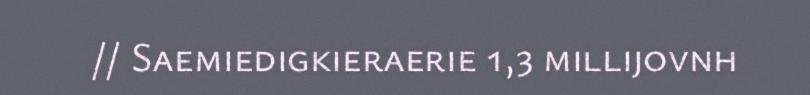
// Saemiedigkieraerie 1,3 millijovnh